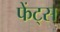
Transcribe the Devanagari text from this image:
फेंट्स